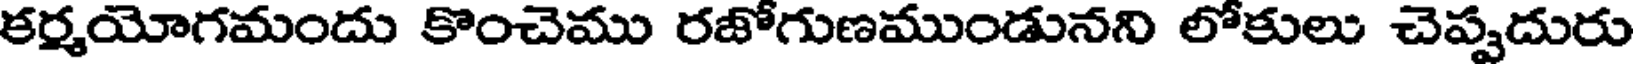
కర్మయోగమందు కొంచెము రజోగుణముండునని లోకులు చెప్పదురు